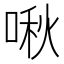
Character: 啾